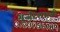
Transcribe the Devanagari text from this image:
गुर्जरशास्त्री